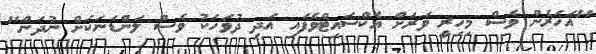
"އަހަރެން ވެސް މިހިރީ ވަރަށް އެކްސައިޓްވެފައި އަދި ދުވަހަކު ވެސް ލަންޑަނަކަށް ނުދަން"